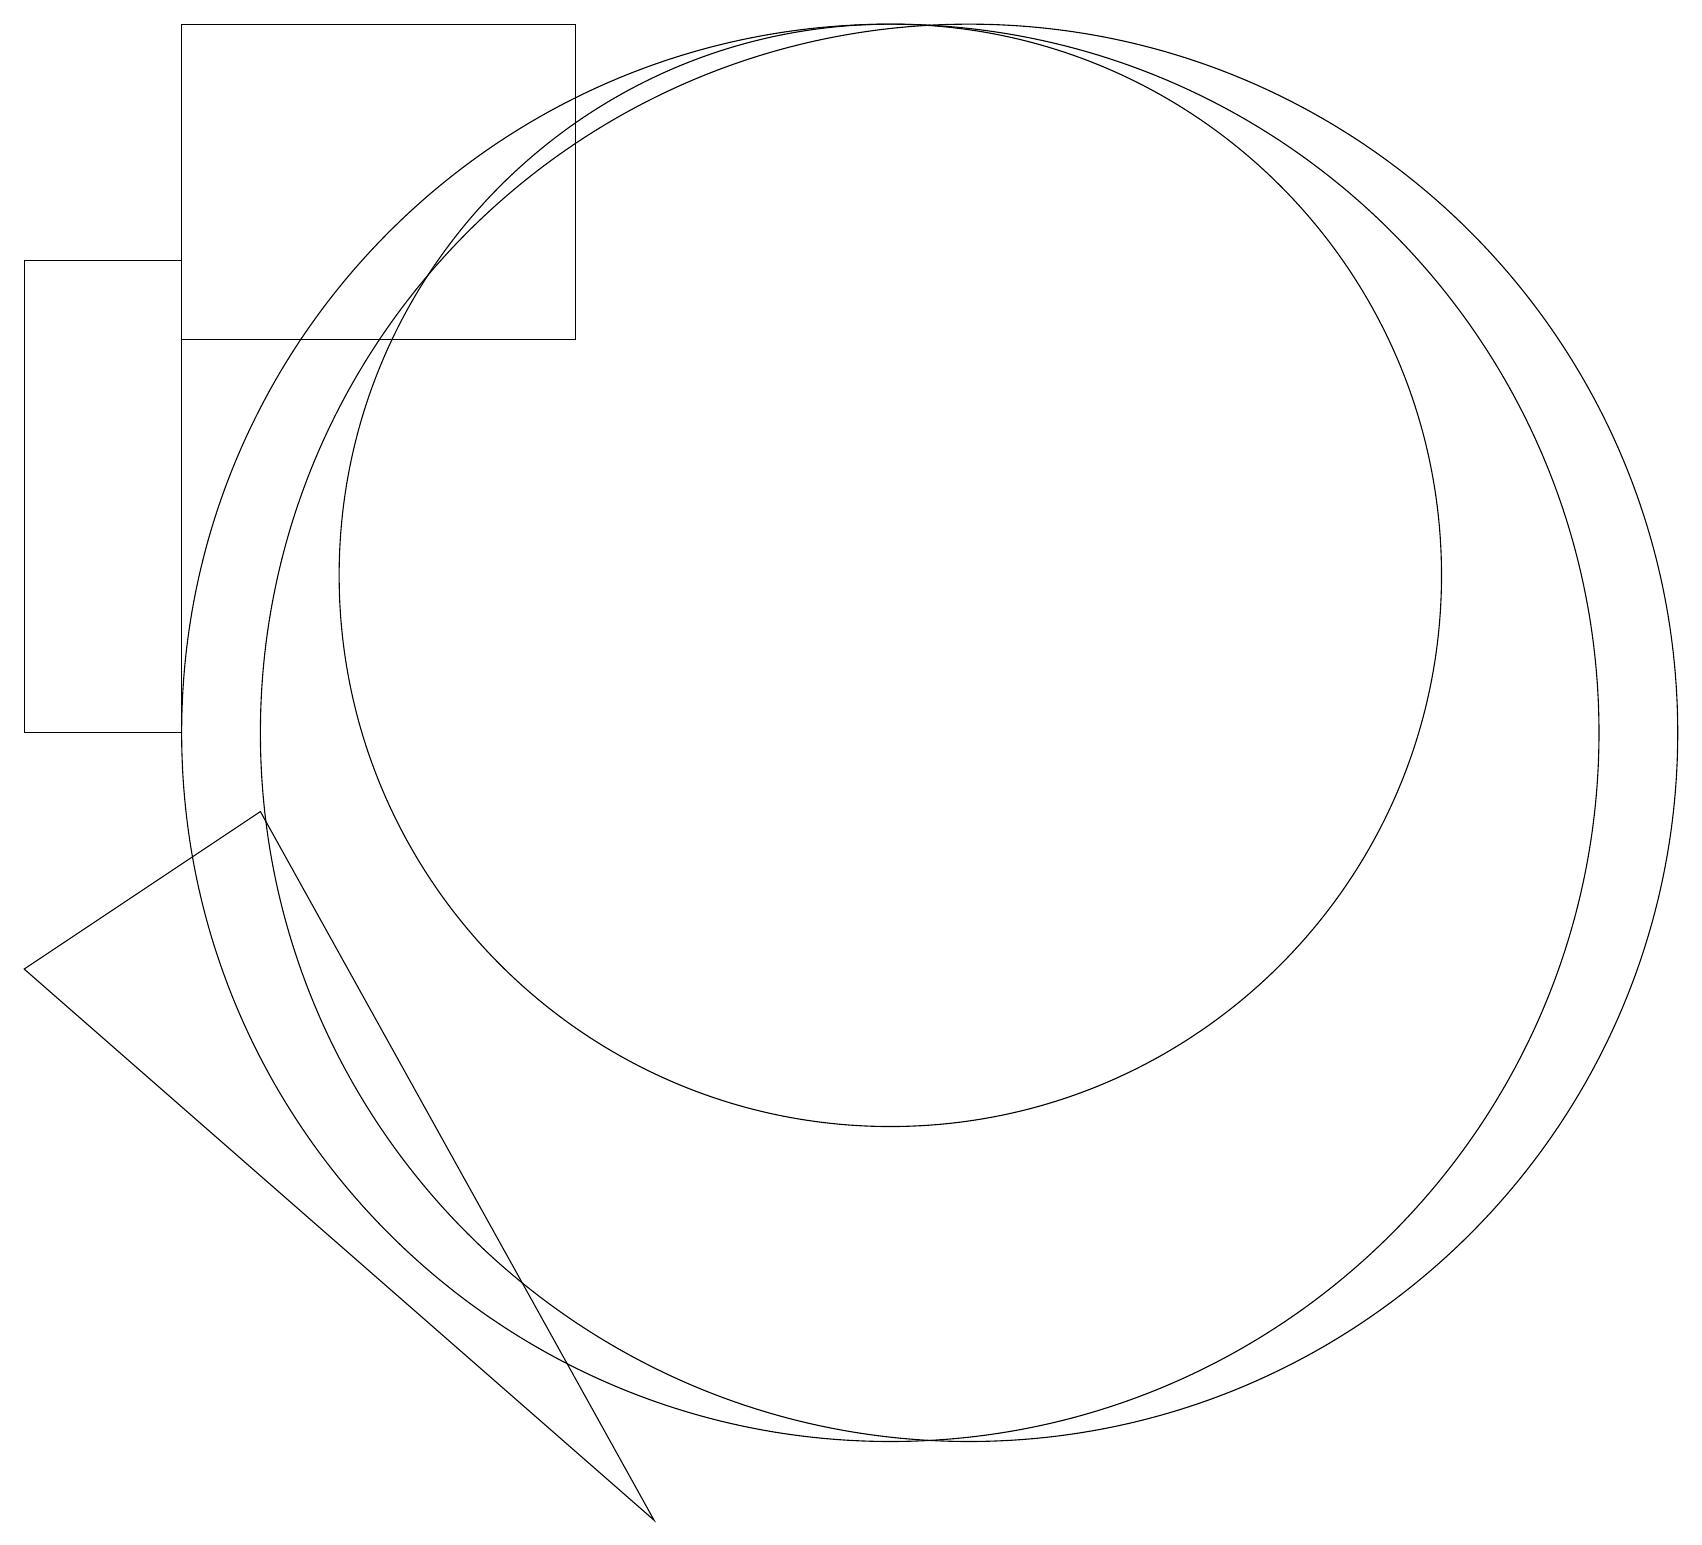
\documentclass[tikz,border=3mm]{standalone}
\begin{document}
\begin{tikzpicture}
\draw (0,16) rectangle (2,10);
\draw (12,10) circle (9);
\draw (2,19) rectangle (7,15);
\draw (3,9) -- (0,7) -- (8,0) -- cycle;
\draw (11,10) circle (9);
\draw (11,12) circle (7);
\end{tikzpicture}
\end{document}